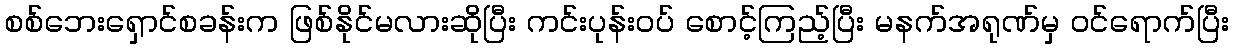
စစ်ဘေးရှောင်စခန်းက ဖြစ်နိုင်မလားဆိုပြီး ကင်းပုန်းဝပ် စောင့်ကြည့်ပြီး မနက်အရုဏ်မှ ဝင်ရောက်ပြီး